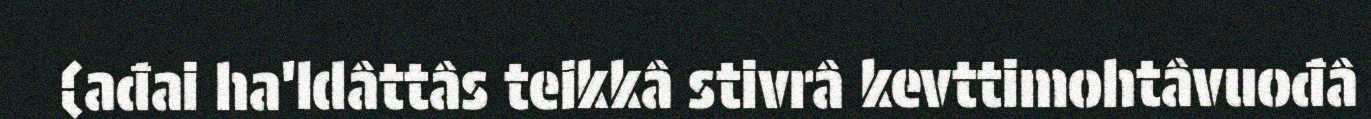
(ađai ha'ldâttâs teikkâ stivrâ kevttimohtâvuođâ